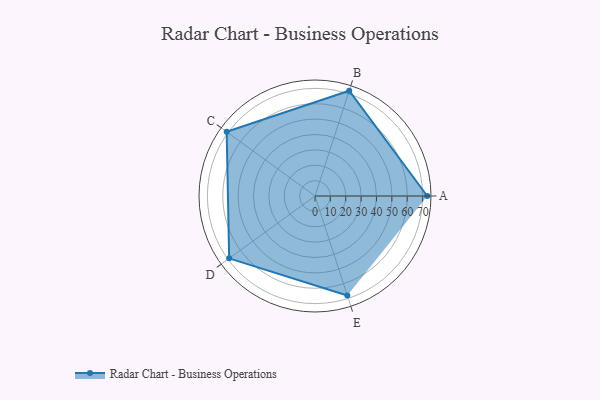
{"axis": {"x": "Skill", "y": "Score"}, "legend": ["Profile"], "data": [{"x": "A", "y": 73.0, "type": "Profile"}, {"x": "B", "y": 72.0, "type": "Profile"}, {"x": "C", "y": 71.0, "type": "Profile"}, {"x": "D", "y": 69.0, "type": "Profile"}, {"x": "E", "y": 68.0, "type": "Profile"}]}